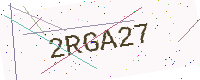
Text: 2RGA27